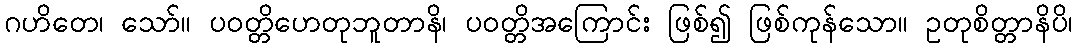
ဂဟိတေ၊ သော်။ ပဝတ္တိဟေတုဘူတာနိ၊ ပဝတ္တိအကြောင်း ဖြစ်၍ ဖြစ်ကုန်သော။ ဥတုစိတ္တာနိပိ၊